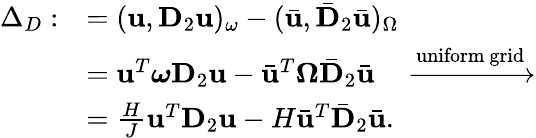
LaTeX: \begin{array}{rl}{\Delta_{D}:}&{=(\mathbf{u},\mathbf{D}_{2}\mathbf{u})_{\omega}-(\bar{\mathbf{u}},\bar{\mathbf{D}}_{2}\bar{\mathbf{u}})_{\Omega}}\\ &{=\mathbf{u}^{T}\boldsymbol{\omega}\mathbf{D}_{2}\mathbf{u}-\bar{\mathbf{u}}^{T}\boldsymbol{\Omega}\bar{\mathbf{D}}_{2}\bar{\mathbf{u}}\quad\xrightarrow{\mathrm{uniform~grid}}}\\ &{=\frac{H}{J}\mathbf{u}^{T}\mathbf{D}_{2}\mathbf{u}-H\bar{\mathbf{u}}^{T}\bar{\mathbf{D}}_{2}\bar{\mathbf{u}}.}\end{array}